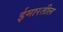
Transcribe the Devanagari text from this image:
ईमारतील